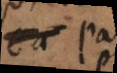
c a